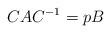
LaTeX: \begin{align*}CAC^{-1} = pB\end{align*}